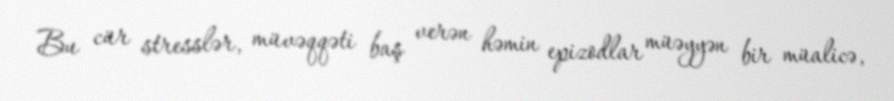
Bu cür stresslər, müvəqqəti baş verən həmin epizodlar müəyyən bir müalicə,